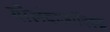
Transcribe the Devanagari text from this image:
गोलंदाजांविरुद्ध